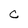
Character: C